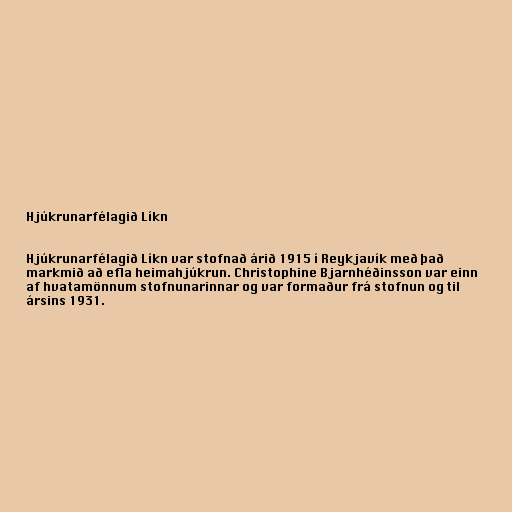
Hjúkrunarfélagið Líkn

Hjúkrunarfélagið Líkn var stofnað árið 1915 í Reykjavík með það
markmið að efla heimahjúkrun. Christophine Bjarnhéðinsson var einn
af hvatamönnum stofnunarinnar og var formaður frá stofnun og til
ársins 1931.